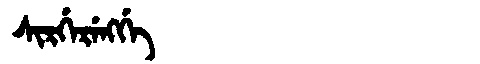
Manchu: ᠰᡳᡵᡤᡝᡵᡝᠩᡤᡝ
Romanization: SIRGERENGGE